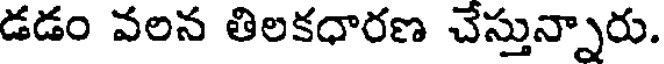
డడం వలన తిలకధారణ చేస్తున్నారు.